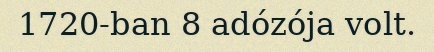
1720-ban 8 adózója volt.